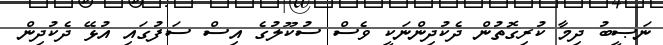
ނަޞީބު ދިމާ ކުރިގޮތުން ދެކުދިންނަކީ ވެސް ސުކޫލުގެ އިސް ސަފުގައި އުޅޭ ދެކުދިން